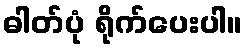
ဓါတ်ပုံ ရိုက်ပေးပါ။